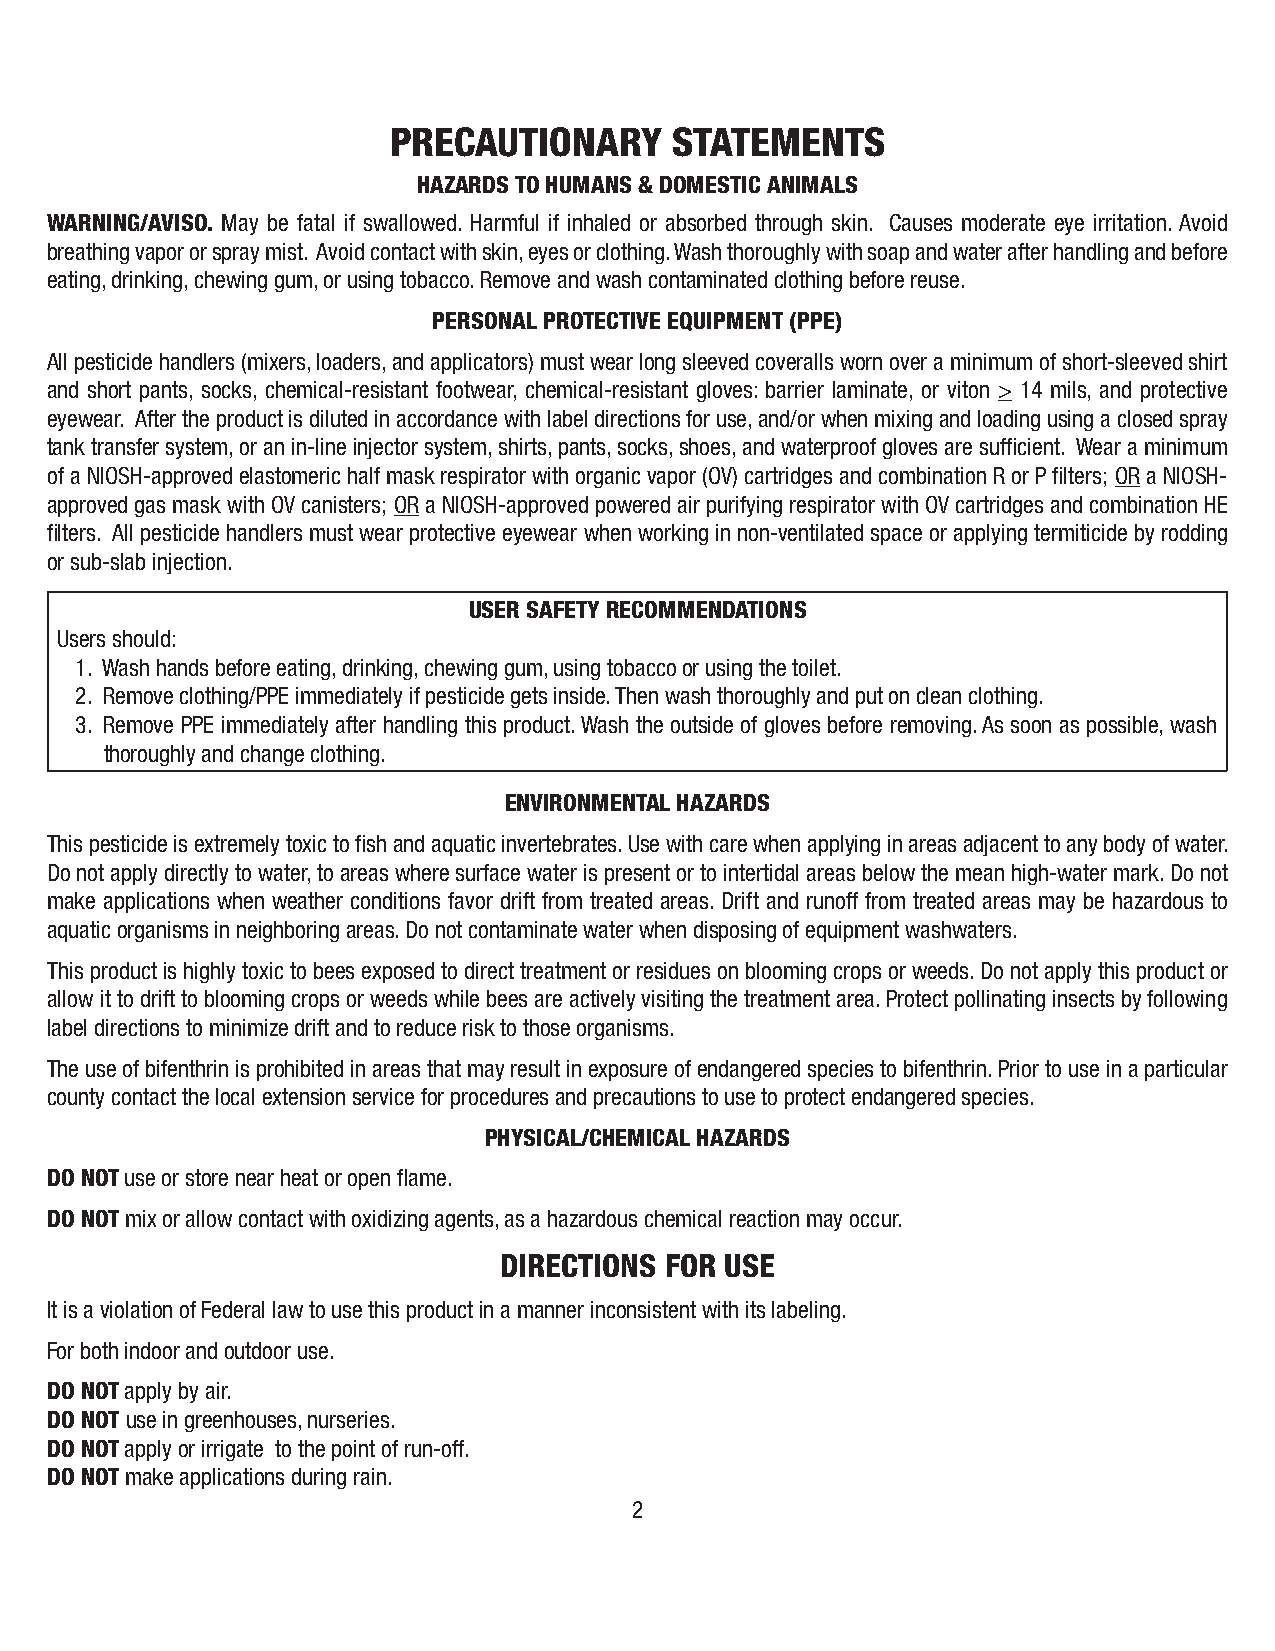
PRECAUTIONARY      STATEMENTS
 HAZARDS TO HUMANS & DOMESTIC ANIMALS
 WARNING/AVISO. May be fatal if swallowed. Harmful if inhaled or absorbed through skin. Causes moderate eye irritation. Avoid
 breathing vapor or spray mist. Avoid contact with skin, eyes or clothing. Wash thoroughly with soap and water after handling and before
 eating, drinking, chewing gum, or using tobacco. Remove and wash contaminated clothing before reuse.
 PERSONAL PROTECTIVE EQUIPMENT (PPE)
 All pesticide handlers (mixers, loaders, and applicators) must wear long sleeved coveralls worn over a minimum of short-sleeved shirt
 and short pants, socks, chemical-resistant footwear, chemical-resistant gloves: barrier laminate, or viton > 14 mils, and protective
 eyewear. After the product is diluted in accordance with label directions for use, and/or when mixing and loading using a closed spray
 tank transfer system, or an in-line injector system, shirts, pants, socks, shoes, and waterproof gloves are sufficient. Wear a minimum
 of a NIOSH-approved elastomeric half mask respirator with organic vapor (OV) cartridges and combination R or P filters; OR a NIOSH-
 approved gas mask with OV canisters; OR a NIOSH-approved powered air purifying respirator with OV cartridges and combination HE
 filters. All pesticide handlers must wear protective eyewear when working in non-ventilated space or applying termiticide by rodding
 or sub-slab injection.
 USER SAFETY RECOMMENDATIONS
 Users should:
 1. Wash hands before eating, drinking, chewing gum, using tobacco or using the toilet.
 2. Remove clothing/PPE immediately if pesticide gets inside. Then wash thoroughly and put on clean clothing.
 3. Remove PPE immediately after handling this product. Wash the outside of gloves before removing. As soon as possible, wash
 thoroughly and change clothing.
 ENVIRONMENTAL HAZARDS
 This pesticide is extremely toxic to fish and aquatic invertebrates. Use with care when applying in areas adjacent to any body of water.
 Do not apply directly to water, to areas where surface water is present or to intertidal areas below the mean high-water mark. Do not
 make applications when weather conditions favor drift from treated areas. Drift and runoff from treated areas may be hazardous to
 aquatic organisms in neighboring areas. Do not contaminate water when disposing of equipment washwaters.
 This product is highly toxic to bees exposed to direct treatment or residues on blooming crops or weeds. Do not apply this product or
 allow it to drift to blooming crops or weeds while bees are actively visiting the treatment area. Protect pollinating insects by following
 label directions to minimize drift and to reduce risk to those organisms.
 The use of bifenthrin is prohibited in areas that may result in exposure of endangered species to bifenthrin. Prior to use in a particular
 county contact the local extension service for procedures and precautions to use to protect endangered species.
 PHYSICAL/CHEMICAL HAZARDS
 DO NOT use or store near heat or open flame.
 DO NOT mix or allow contact with oxidizing agents, as a hazardous chemical reaction may occur.
 DIRECTIONS FOR USE
 It is a violation of Federal law to use this product in a manner inconsistent with its labeling.
 For both indoor and outdoor use.
 DO NOT apply by air.
 DO NOT use in greenhouses, nurseries.
 DO NOT apply or irrigate to the point of run-off.
 DO NOT make applications during rain.
 2